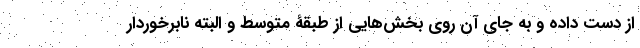
از دست داده و به جای آن روی بخش‌هایی از طبقۀ متوسط و البته نابرخوردار